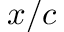
x / c